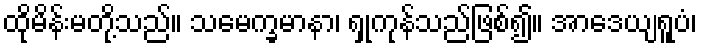
ထိုမိန်းမတို့သည်။ သမေက္ခမာနာ၊ ရှုကုန်သည်ဖြစ်၍။ အာဒေယျရူပံ၊